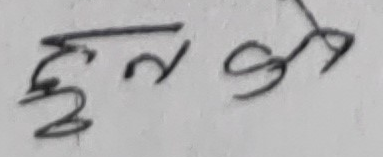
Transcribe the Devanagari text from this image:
हुन्ने